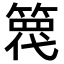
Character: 𥱢